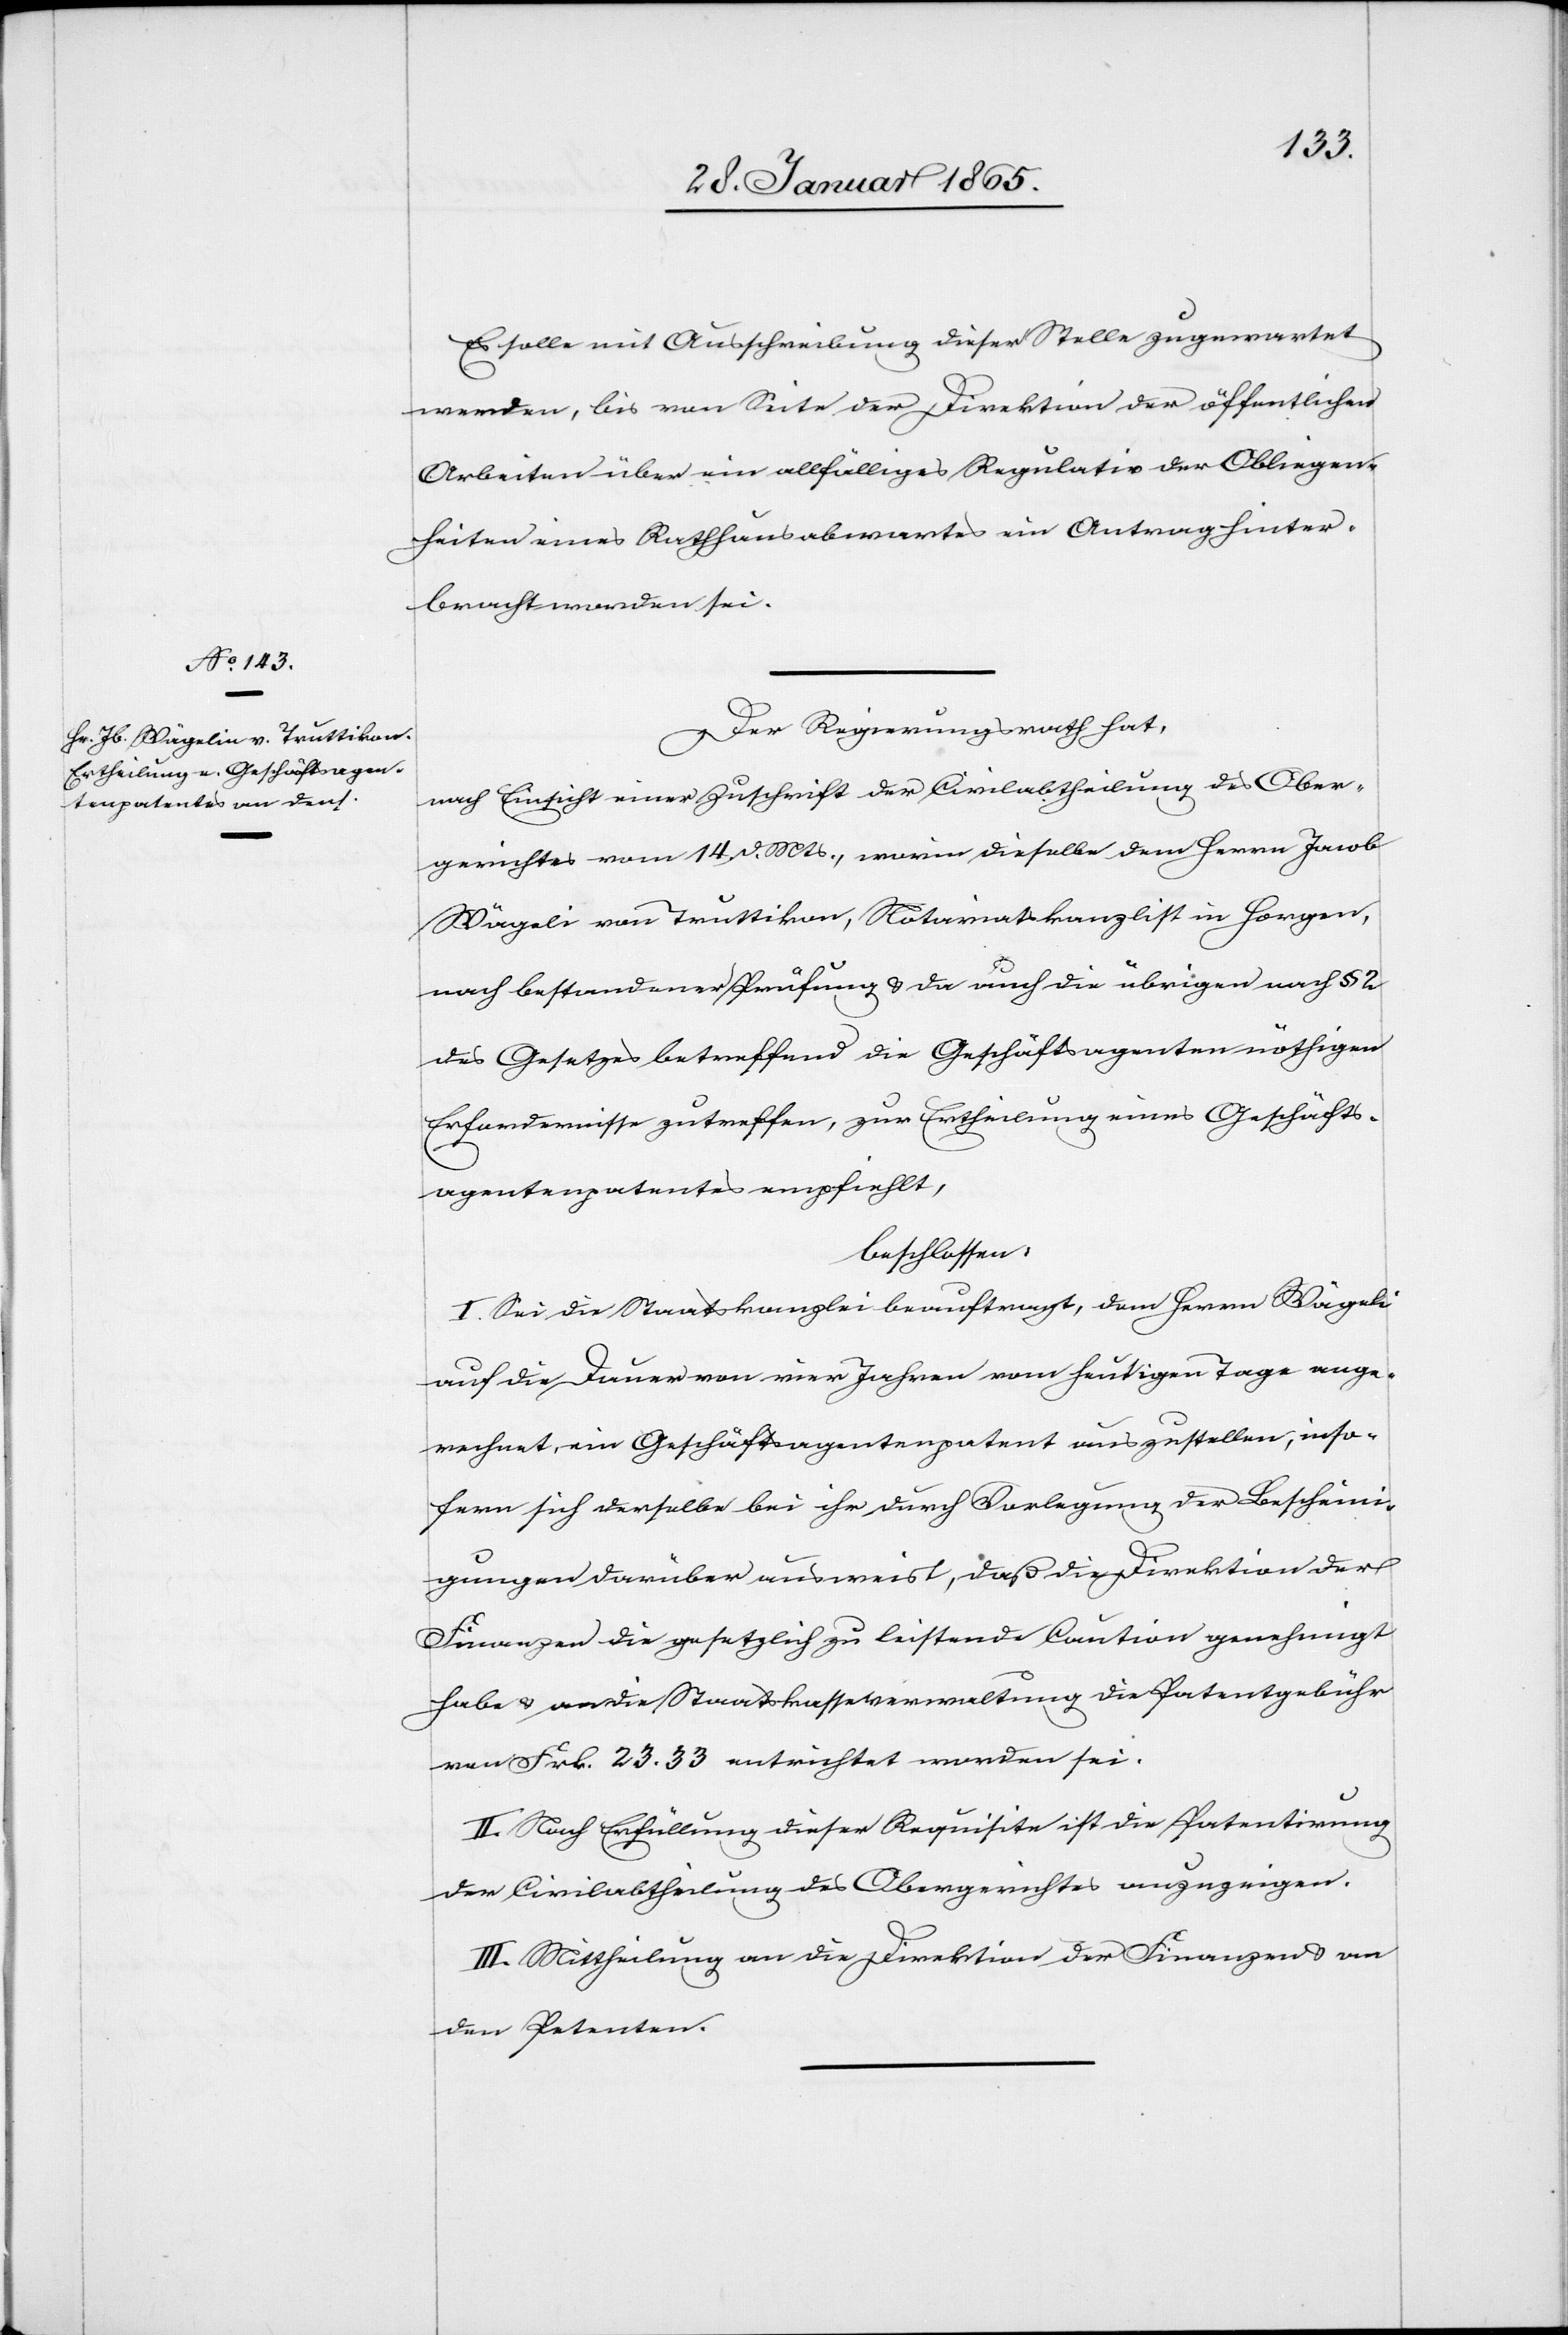
Es solle mit Ausschreibung dieser Stelle zugewartet
werden, bis von Seite der Direktion der öffentlichen
Arbeiten über ein allfälliges Regulativ der Obliegen¬
heiten eines Rathhausabwartes ein Antrag hinter¬
bracht worden sei.
Der Regierungsrath hat,
nach Einsicht einer Zuschrift der Civilabtheilung des Ober¬
gerichtes vom 14. d. Mts., worin dieselbe dem Herrn Jacob
Wägeli [sic!] von Truttikon, Notariatskanzlist in Horgen,
nach bestandener Prüfung u. da auch die übrigen nach § 2
des Gesetzes betreffend die Geschäftsagenten nöthigen
Erfordernisse zutreffen, zur Ertheilung eines Geschäfts¬
agentenpatentes empfiehlt,
beschlossen:
I. Sei die Staatskanzlei beauftragt, dem Herrn Wägeli
auf die Dauer von vier Jahren vom heutigen Tage ange¬
rechnet, ein Geschäftsagentenpatent auszustellen, inso¬
fern sich derselbe bei ihr durch Vorlegung der Bescheini¬
gungen darüber ausweist, daß die Direktion der
Finanzen die gesetzlich zu leistende Caution genehmigt
habe u. an die Staatskasseverwaltung die Patentgebühr
von Frk. 23. 33 entrichtet worden sei.
II. Nach Erfüllung dieser Requisite ist die Patentirung
der Civilabtheilung des Obergerichtes anzuzeigen.
III. Mittheilung an die Direktion der Finanzen u. an
den Petenten.